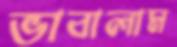
ভাবালাম